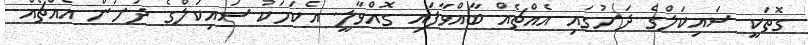
ގޮތަކީ ސައިކަލްގެ ދަށުގައި އެއްޗެއް ބާއްވާފައި ގޮއްވާލީ. އެކަމަކު ސައިކަލްގެ ދަށުން އެއްޗެއް